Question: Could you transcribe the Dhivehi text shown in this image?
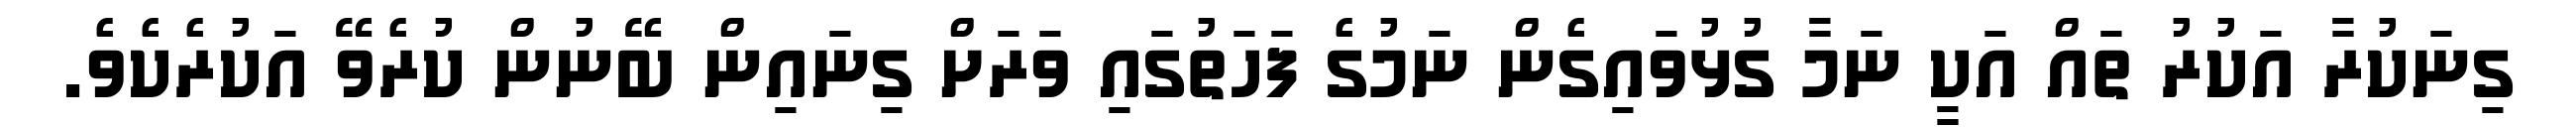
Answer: ގިނަކުރާ އަކުރު ތައް އަކީ ނަމާ ގުޅުވައިގެން ނަމުގެ ފަހަތުގައި ވަރަށް ގިނައިން ބޭނުން ކުރެވޭ އަކުރެކެވެ.